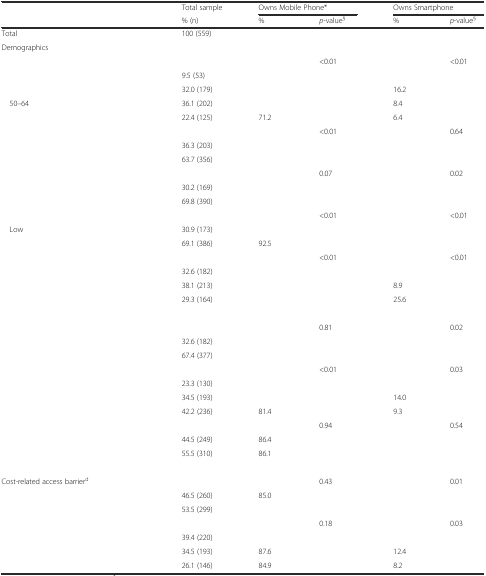
<table><thead><tr><td>[EMPTY_CELL]</td><td><b>Total sample</b></td><td colspan="2"><b>Owns Mobile Phone*</b></td><td colspan="2"><b>Owns Smartphone</b></td></tr><tr><td>[EMPTY_CELL]</td><td><b>% (n)</b></td><td><b>%</b></td><td><b><i>p</i>-value<sup>§</sup></b></td><td><b>%</b></td><td><b><i>p</i>-value<sup>§</sup></b></td></tr></thead><tbody><tr><td>Total</td><td>100 (559)</td><td>[EMPTY_CELL]</td><td>[EMPTY_CELL]</td><td>[EMPTY_CELL]</td><td>[EMPTY_CELL]</td></tr><tr><td>Demographics</td><td>[EMPTY_CELL]</td><td>[EMPTY_CELL]</td><td>[EMPTY_CELL]</td><td>[EMPTY_CELL]</td><td>[EMPTY_CELL]</td></tr><tr><td>[EMPTY_CELL]</td><td>[EMPTY_CELL]</td><td>[EMPTY_CELL]</td><td>&lt;0.01</td><td>[EMPTY_CELL]</td><td>&lt;0.01</td></tr><tr><td>[EMPTY_CELL]</td><td>9.5 (53)</td><td>[EMPTY_CELL]</td><td rowspan="4">[EMPTY_CELL]</td><td>[EMPTY_CELL]</td><td rowspan="4">[EMPTY_CELL]</td></tr><tr><td>[EMPTY_CELL]</td><td>32.0 (179)</td><td>[EMPTY_CELL]</td><td>16.2</td></tr><tr><td> 50–64</td><td>36.1 (202)</td><td>[EMPTY_CELL]</td><td>8.4</td></tr><tr><td>[EMPTY_CELL]</td><td>22.4 (125)</td><td>71.2</td><td>6.4</td></tr><tr><td>[EMPTY_CELL]</td><td>[EMPTY_CELL]</td><td>[EMPTY_CELL]</td><td>&lt;0.01</td><td>[EMPTY_CELL]</td><td>0.64</td></tr><tr><td>[EMPTY_CELL]</td><td>36.3 (203)</td><td>[EMPTY_CELL]</td><td>[EMPTY_CELL]</td><td>[EMPTY_CELL]</td><td>[EMPTY_CELL]</td></tr><tr><td>[EMPTY_CELL]</td><td>63.7 (356)</td><td>[EMPTY_CELL]</td><td>[EMPTY_CELL]</td><td>[EMPTY_CELL]</td><td>[EMPTY_CELL]</td></tr><tr><td>[EMPTY_CELL]</td><td>[EMPTY_CELL]</td><td>[EMPTY_CELL]</td><td>0.07</td><td>[EMPTY_CELL]</td><td>0.02</td></tr><tr><td>[EMPTY_CELL]</td><td>30.2 (169)</td><td>[EMPTY_CELL]</td><td>[EMPTY_CELL]</td><td>[EMPTY_CELL]</td><td>[EMPTY_CELL]</td></tr><tr><td>[EMPTY_CELL]</td><td>69.8 (390)</td><td>[EMPTY_CELL]</td><td>[EMPTY_CELL]</td><td>[EMPTY_CELL]</td><td>[EMPTY_CELL]</td></tr><tr><td>[EMPTY_CELL]</td><td>[EMPTY_CELL]</td><td>[EMPTY_CELL]</td><td>&lt;0.01</td><td>[EMPTY_CELL]</td><td>&lt;0.01</td></tr><tr><td> Low</td><td>30.9 (173)</td><td>[EMPTY_CELL]</td><td>[EMPTY_CELL]</td><td>[EMPTY_CELL]</td><td>[EMPTY_CELL]</td></tr><tr><td>[EMPTY_CELL]</td><td>69.1 (386)</td><td>92.5</td><td>[EMPTY_CELL]</td><td>[EMPTY_CELL]</td><td>[EMPTY_CELL]</td></tr><tr><td>[EMPTY_CELL]</td><td>[EMPTY_CELL]</td><td>[EMPTY_CELL]</td><td>&lt;0.01</td><td>[EMPTY_CELL]</td><td>&lt;0.01</td></tr><tr><td>[EMPTY_CELL]</td><td>32.6 (182)</td><td>[EMPTY_CELL]</td><td rowspan="3">[EMPTY_CELL]</td><td>[EMPTY_CELL]</td><td rowspan="3">[EMPTY_CELL]</td></tr><tr><td>[EMPTY_CELL]</td><td>38.1 (213)</td><td>[EMPTY_CELL]</td><td>8.9</td></tr><tr><td>[EMPTY_CELL]</td><td>29.3 (164)</td><td>[EMPTY_CELL]</td><td>25.6</td></tr><tr><td>[EMPTY_CELL]</td><td>[EMPTY_CELL]</td><td>[EMPTY_CELL]</td><td>[EMPTY_CELL]</td><td>[EMPTY_CELL]</td><td>[EMPTY_CELL]</td></tr><tr><td>[EMPTY_CELL]</td><td>[EMPTY_CELL]</td><td>[EMPTY_CELL]</td><td>0.81</td><td>[EMPTY_CELL]</td><td>0.02</td></tr><tr><td>[EMPTY_CELL]</td><td>32.6 (182)</td><td>[EMPTY_CELL]</td><td>[EMPTY_CELL]</td><td>[EMPTY_CELL]</td><td>[EMPTY_CELL]</td></tr><tr><td>[EMPTY_CELL]</td><td>67.4 (377)</td><td>[EMPTY_CELL]</td><td>[EMPTY_CELL]</td><td>[EMPTY_CELL]</td><td>[EMPTY_CELL]</td></tr><tr><td>[EMPTY_CELL]</td><td>[EMPTY_CELL]</td><td>[EMPTY_CELL]</td><td>&lt;0.01</td><td>[EMPTY_CELL]</td><td>0.03</td></tr><tr><td>[EMPTY_CELL]</td><td>23.3 (130)</td><td>[EMPTY_CELL]</td><td rowspan="3">[EMPTY_CELL]</td><td>[EMPTY_CELL]</td><td rowspan="3">[EMPTY_CELL]</td></tr><tr><td>[EMPTY_CELL]</td><td>34.5 (193)</td><td>[EMPTY_CELL]</td><td>14.0</td></tr><tr><td>[EMPTY_CELL]</td><td>42.2 (236)</td><td>81.4</td><td>9.3</td></tr><tr><td>[EMPTY_CELL]</td><td>[EMPTY_CELL]</td><td>[EMPTY_CELL]</td><td>0.94</td><td>[EMPTY_CELL]</td><td>0.54</td></tr><tr><td>[EMPTY_CELL]</td><td>44.5 (249)</td><td>86.4</td><td>[EMPTY_CELL]</td><td>[EMPTY_CELL]</td><td>[EMPTY_CELL]</td></tr><tr><td>[EMPTY_CELL]</td><td>55.5 (310)</td><td>86.1</td><td>[EMPTY_CELL]</td><td>[EMPTY_CELL]</td><td>[EMPTY_CELL]</td></tr><tr><td>[EMPTY_CELL]</td><td>[EMPTY_CELL]</td><td>[EMPTY_CELL]</td><td>[EMPTY_CELL]</td><td>[EMPTY_CELL]</td><td>[EMPTY_CELL]</td></tr><tr><td>Cost-related access barrier<sup>d</sup></td><td>[EMPTY_CELL]</td><td>[EMPTY_CELL]</td><td>0.43</td><td>[EMPTY_CELL]</td><td>0.01</td></tr><tr><td>[EMPTY_CELL]</td><td>46.5 (260)</td><td>85.0</td><td>[EMPTY_CELL]</td><td>[EMPTY_CELL]</td><td>[EMPTY_CELL]</td></tr><tr><td>[EMPTY_CELL]</td><td>53.5 (299)</td><td>[EMPTY_CELL]</td><td>[EMPTY_CELL]</td><td>[EMPTY_CELL]</td><td>[EMPTY_CELL]</td></tr><tr><td>[EMPTY_CELL]</td><td>[EMPTY_CELL]</td><td>[EMPTY_CELL]</td><td>0.18</td><td>[EMPTY_CELL]</td><td>0.03</td></tr><tr><td>[EMPTY_CELL]</td><td>39.4 (220)</td><td>[EMPTY_CELL]</td><td rowspan="3">[EMPTY_CELL]</td><td>[EMPTY_CELL]</td><td rowspan="3">[EMPTY_CELL]</td></tr><tr><td>[EMPTY_CELL]</td><td>34.5 (193)</td><td>87.6</td><td>12.4</td></tr><tr><td>[EMPTY_CELL]</td><td>26.1 (146)</td><td>84.9</td><td>8.2</td></tr></tbody></table>